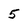
Character: 5